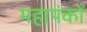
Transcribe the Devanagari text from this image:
महापंकों